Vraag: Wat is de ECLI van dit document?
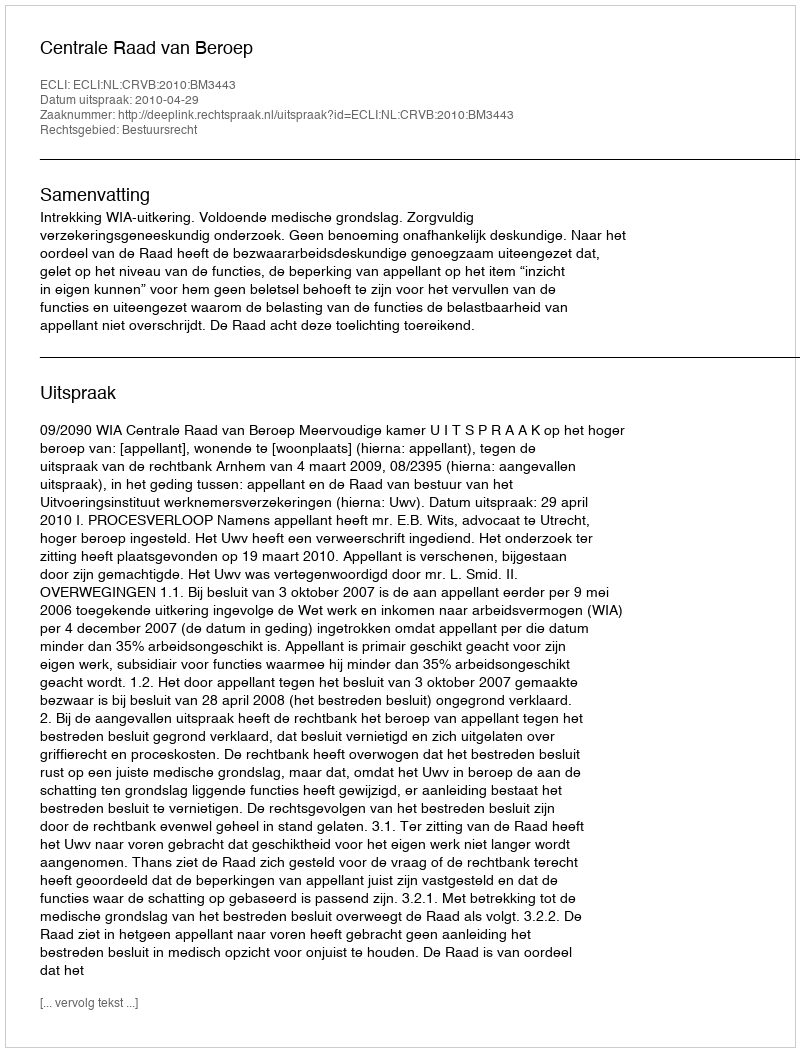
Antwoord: ECLI:NL:CRVB:2010:BM3443